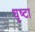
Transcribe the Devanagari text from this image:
धृष्टा